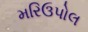
મરિઉપોલ